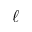
\ell